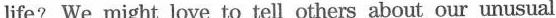
life? We might love to tell others about our unusual